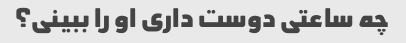
چه ساعتی دوست داری او را ببینی؟